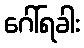
ဂေါ်ရခါး